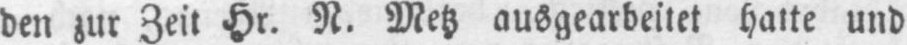
und